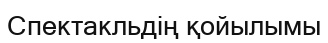
Спектакльдің қойылымы